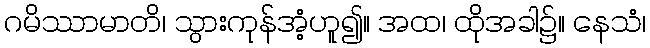
ဂမိဿာမာတိ၊ သွားကုန်အံ့ဟူ၍။ အထ၊ ထိုအခါ၌။ နေသံ၊